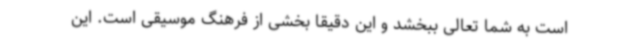
است به شما تعالی ببخشد و این دقیقا بخشی از فرهنگ موسیقی است. این‌